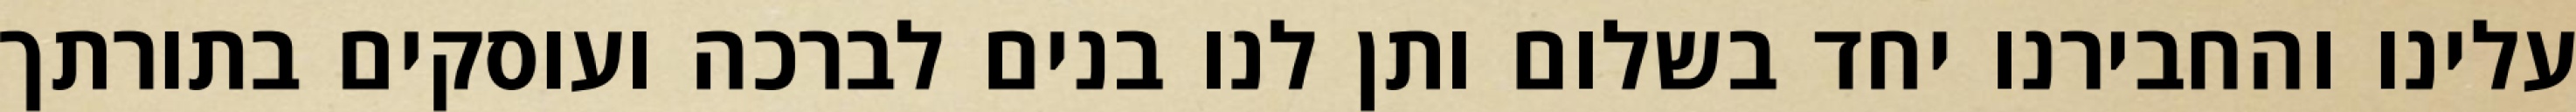
עלינו והחבירנו יחד בשלום ותן לנו בנים לברכה ועוסקים בתורתך